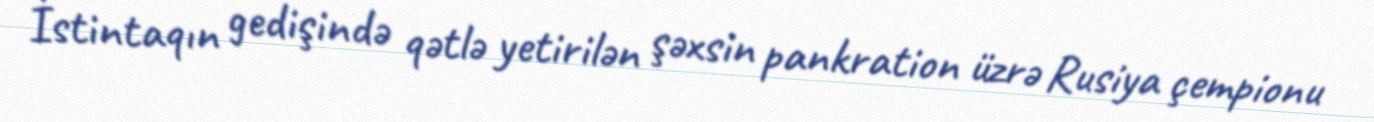
İstintaqın gedişində qətlə yetirilən şəxsin pankration üzrə Rusiya çempionu